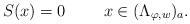
LaTeX: \begin{align*}S(x) = 0 \ \ \ \ \ \ \ x\in (\Lambda_{\varphi,w})_a.\end{align*}